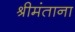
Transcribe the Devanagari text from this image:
श्रीमंताना